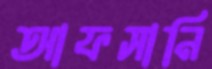
আফসানি